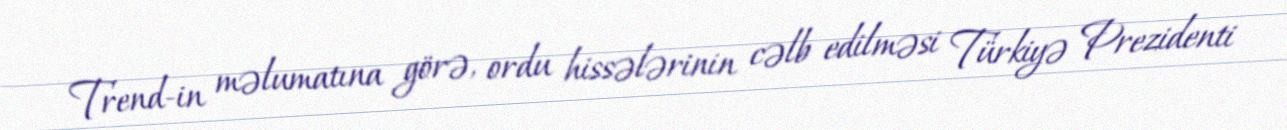
Trend-in məlumatına görə, ordu hissələrinin cəlb edilməsi Türkiyə Prezidenti